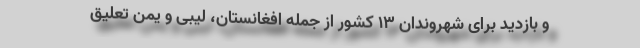
و بازدید برای شهروندان ۱۳ کشور از جمله افغانستان، لیبی و یمن تعلیق